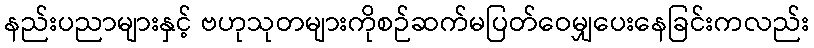
နည်းပညာများနှင့် ဗဟုသုတများကိုစဉ်ဆက်မပြတ်ဝေမျှပေးနေခြင်းကလည်း